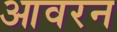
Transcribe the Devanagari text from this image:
आवरन